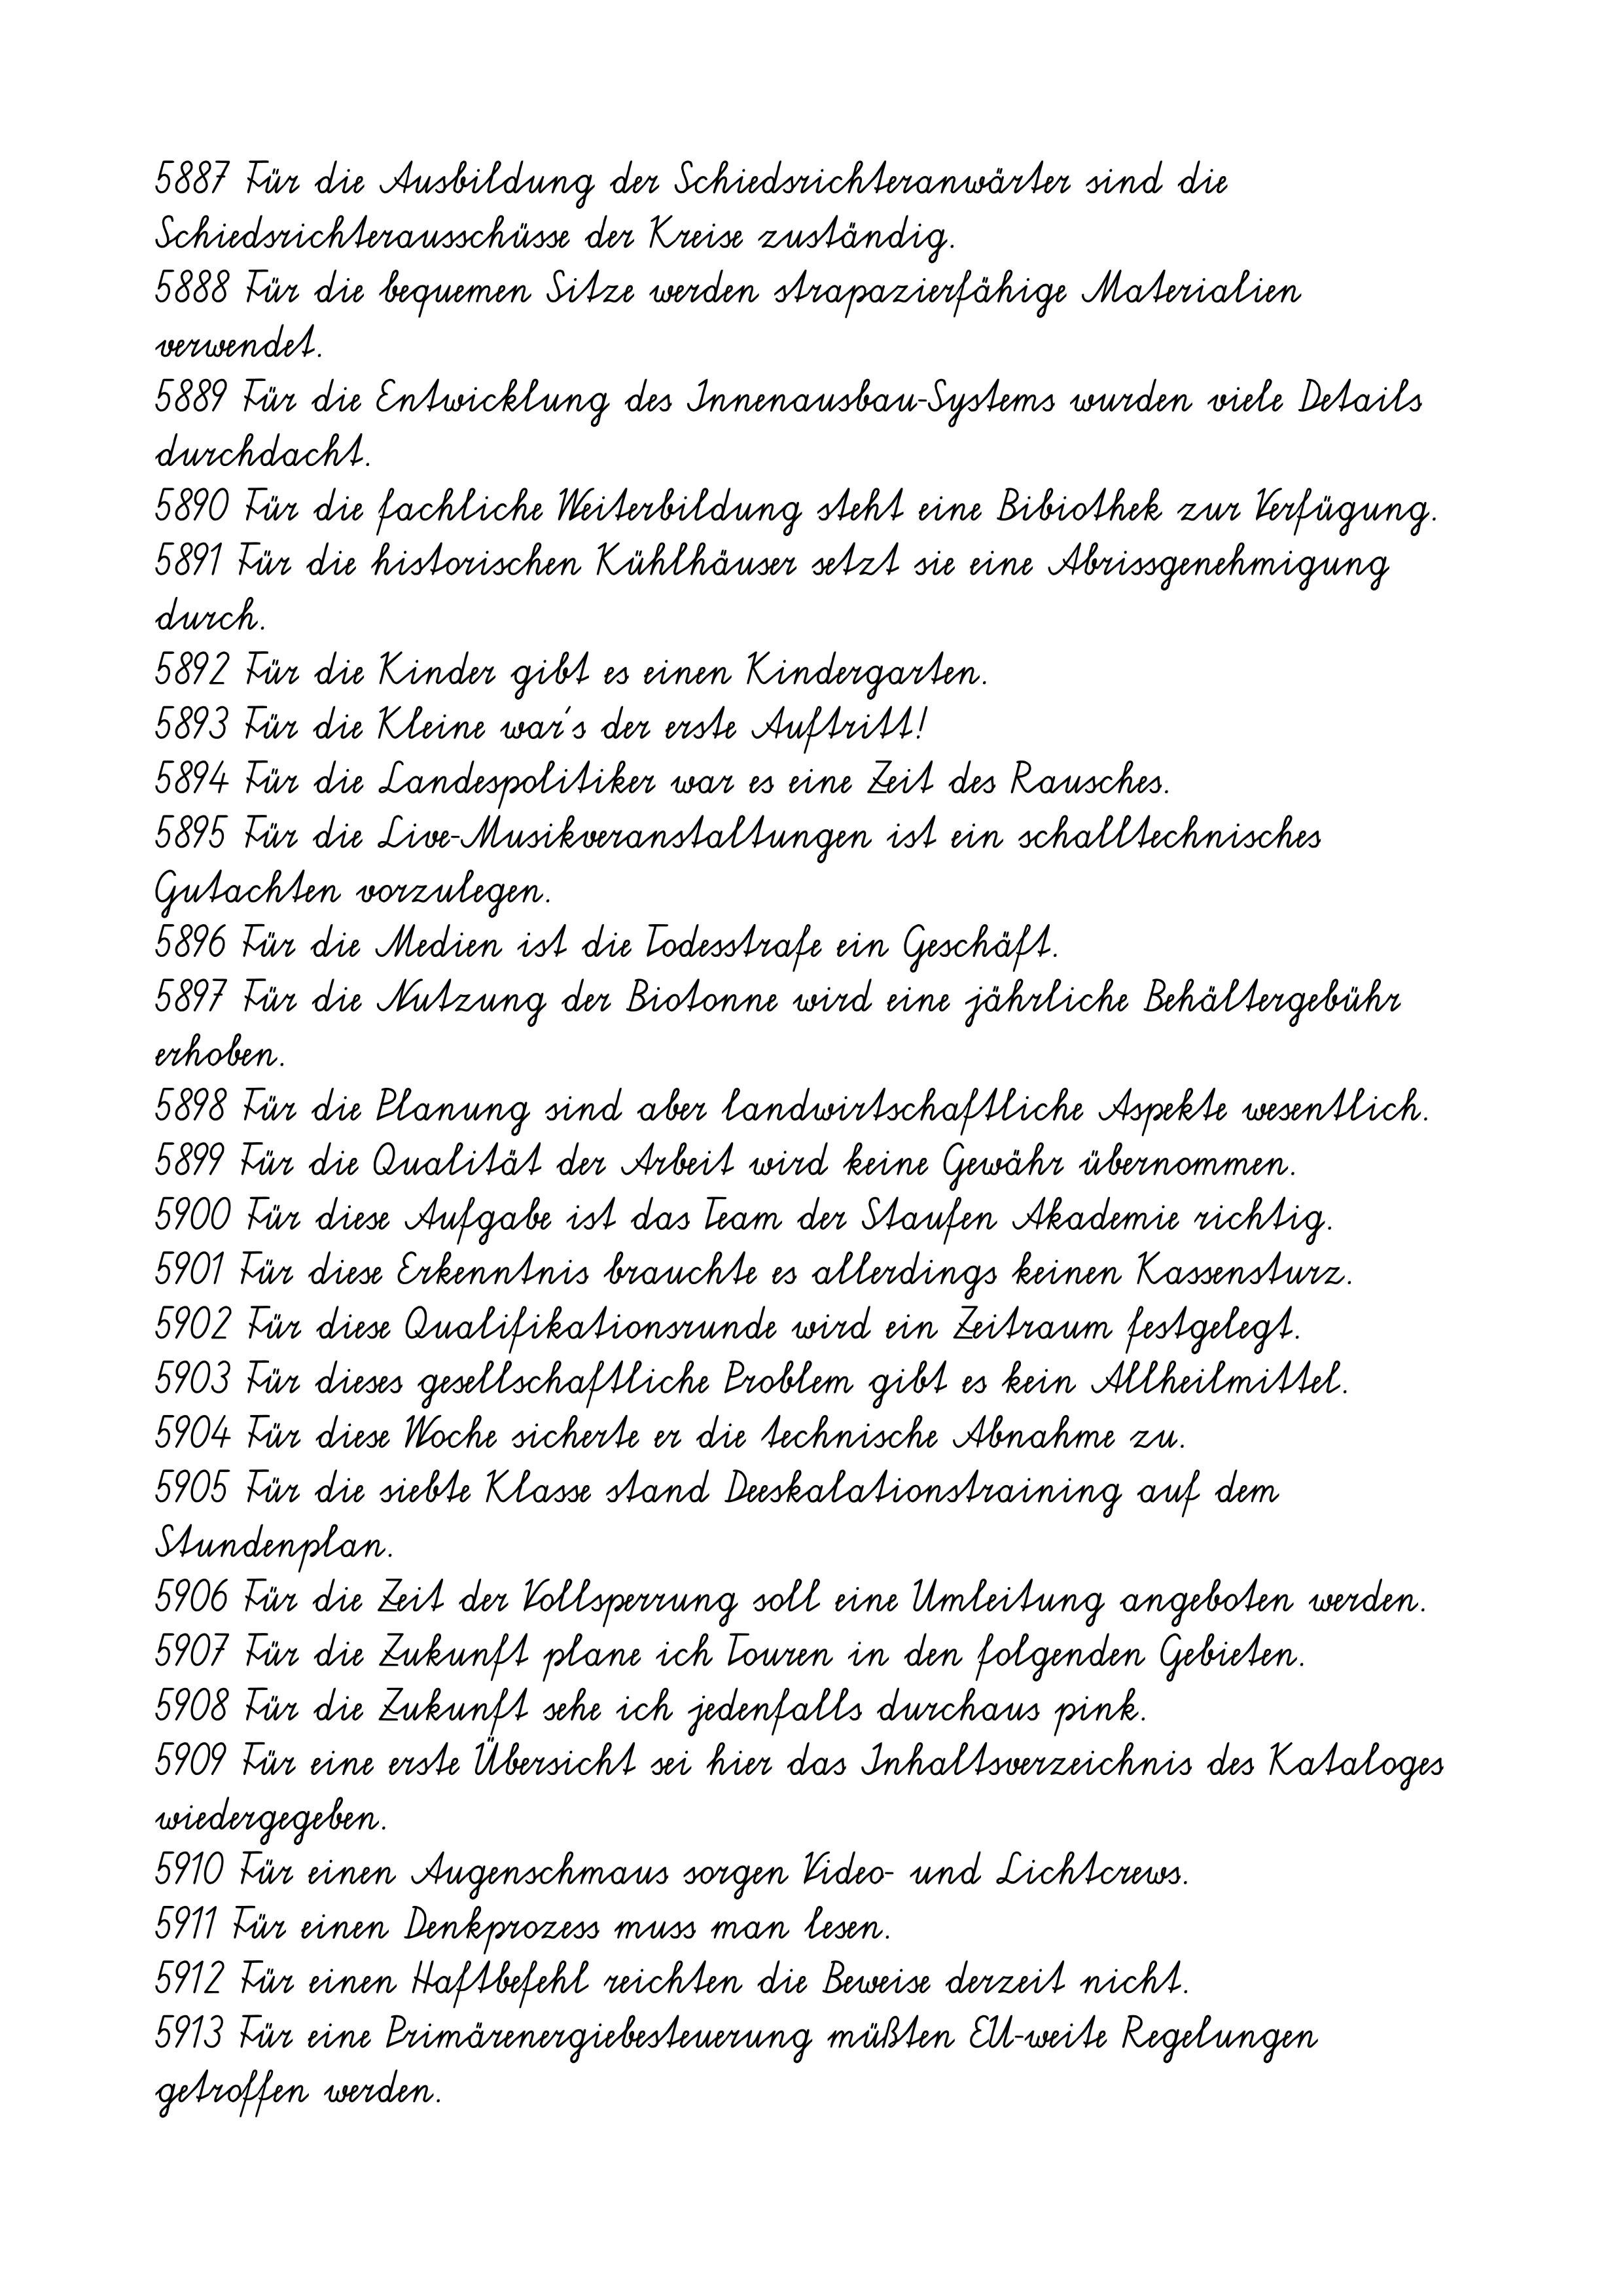
5887 Für die Ausbildung der Schiedsrichteranwärter sind die
Schiedsrichterausschüsse der Kreise zuständig.
5888 Für die bequemen Sitze werden strapazierfähige Materialien
verwendet.
5889 Für die Entwicklung des Innenausbau-Systems wurden viele Details
durchdacht.
5890 Für die fachliche Weiterbildung steht eine Bibiothek zur Verfügung.
5891 Für die historischen Kühlhäuser setzt sie eine Abrissgenehmigung
durch.
5892 Für die Kinder gibt es einen Kindergarten.
5893 Für die Kleine war´s der erste Auftritt!
5894 Für die Landespolitiker war es eine Zeit des Rausches.
5895 Für die Live-Musikveranstaltungen ist ein schalltechnisches
Gutachten vorzulegen.
5896 Für die Medien ist die Todesstrafe ein Geschäft.
5897 Für die Nutzung der Biotonne wird eine jährliche Behältergebühr
erhoben.
5898 Für die Planung sind aber landwirtschaftliche Aspekte wesentlich.
5899 Für die Qualität der Arbeit wird keine Gewähr übernommen.
5900 Für diese Aufgabe ist das Team der Staufen Akademie richtig.
5901 Für diese Erkenntnis brauchte es allerdings keinen Kassensturz.
5902 Für diese Qualifikationsrunde wird ein Zeitraum festgelegt.
5903 Für dieses gesellschaftliche Problem gibt es kein Allheilmittel.
5904 Für diese Woche sicherte er die technische Abnahme zu.
5905 Für die siebte Klasse stand Deeskalationstraining auf dem
Stundenplan.
5906 Für die Zeit der Vollsperrung soll eine Umleitung angeboten werden.
5907 Für die Zukunft plane ich Touren in den folgenden Gebieten.
5908 Für die Zukunft sehe ich jedenfalls durchaus pink.
5909 Für eine erste Übersicht sei hier das Inhaltsverzeichnis des Kataloges
wiedergegeben.
5910 Für einen Augenschmaus sorgen Video- und Lichtcrews.
5911 Für einen Denkprozess muss man lesen.
5912 Für einen Haftbefehl reichten die Beweise derzeit nicht.
5913 Für eine Primärenergiebesteuerung müßten EU-weite Regelungen
getroffen werden.